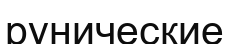
рунические